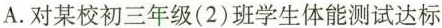
A.对某校初三年级(2)班学生体能测试达标